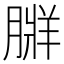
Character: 𦟃